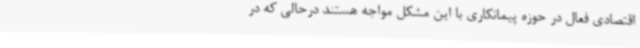
اقتصادی فعال در حوزه پیمانکاری با این مشکل مواجه هستند درحالی که در